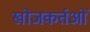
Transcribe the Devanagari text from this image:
खोजकर्तओं